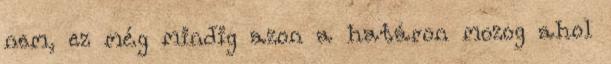
nem, ez még mindig azon a határon mozog ahol